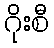
ဂိုးစီ